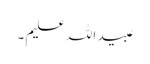
عبید اللہ علیم ۔